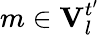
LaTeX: m\in\mathbf{V}_{l}^{t^{\prime}}